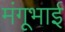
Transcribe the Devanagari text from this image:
मंगूभाई